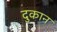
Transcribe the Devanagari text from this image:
दुकान